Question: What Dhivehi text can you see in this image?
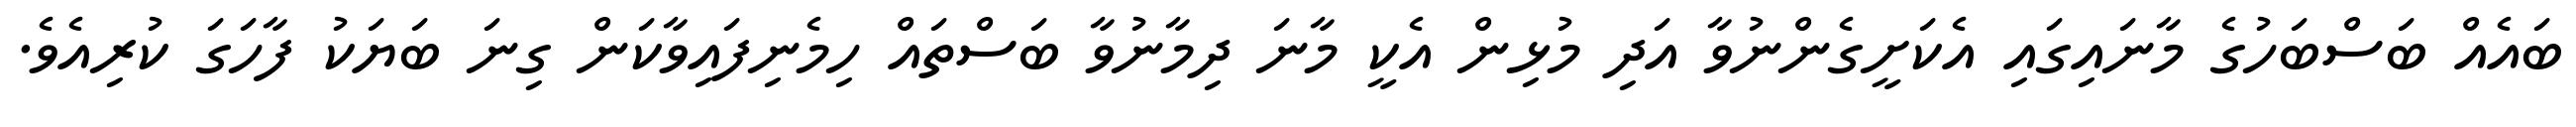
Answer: ބައެއް ބަސްބަހުގެ މާނައިގައި އެކަށީގެންނުވާ އަދި މުޅިން އެކީ މާނަ ދިމާނުވާ ބަސްތައް ހިމެނިފައިވާކަން ގިނަ ބަޔަކު ފާހަގަ ކުރިއެވެ.